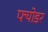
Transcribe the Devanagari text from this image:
फ्योडर